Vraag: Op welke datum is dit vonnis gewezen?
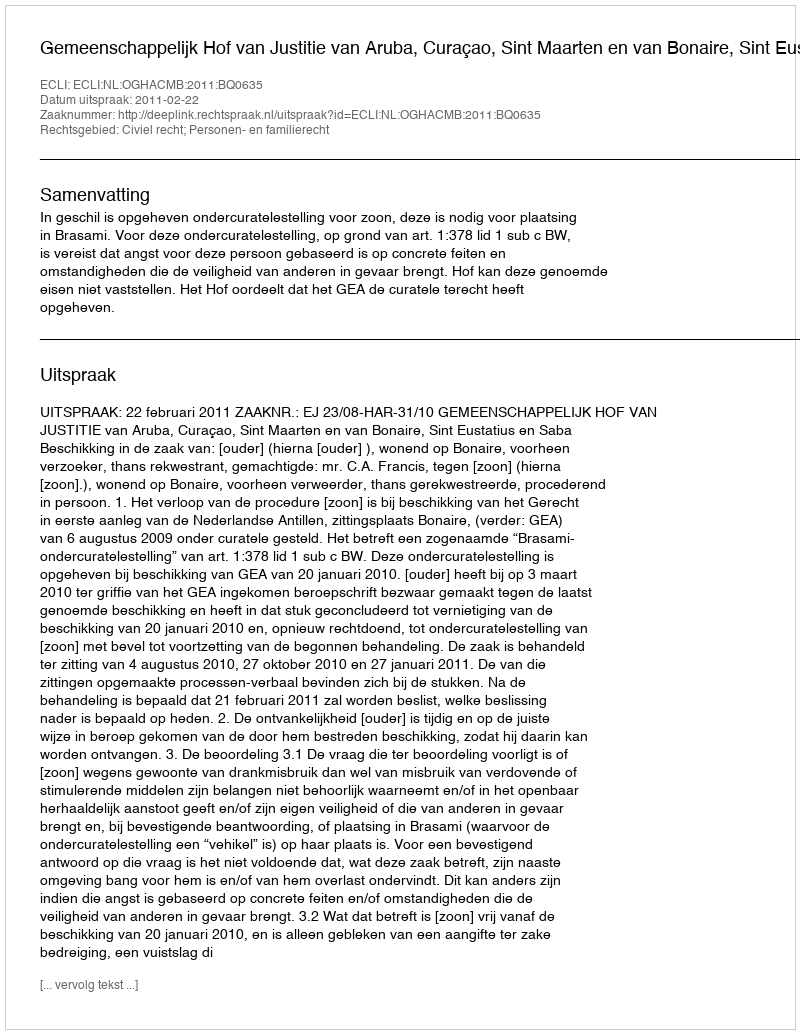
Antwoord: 2011-02-22